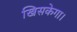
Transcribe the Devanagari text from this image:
खिसकेगा।